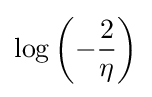
\log \left(-{\frac {2}{\eta }}\right)